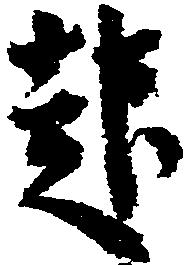
起